Trukikaitis_Postimees, lk 17
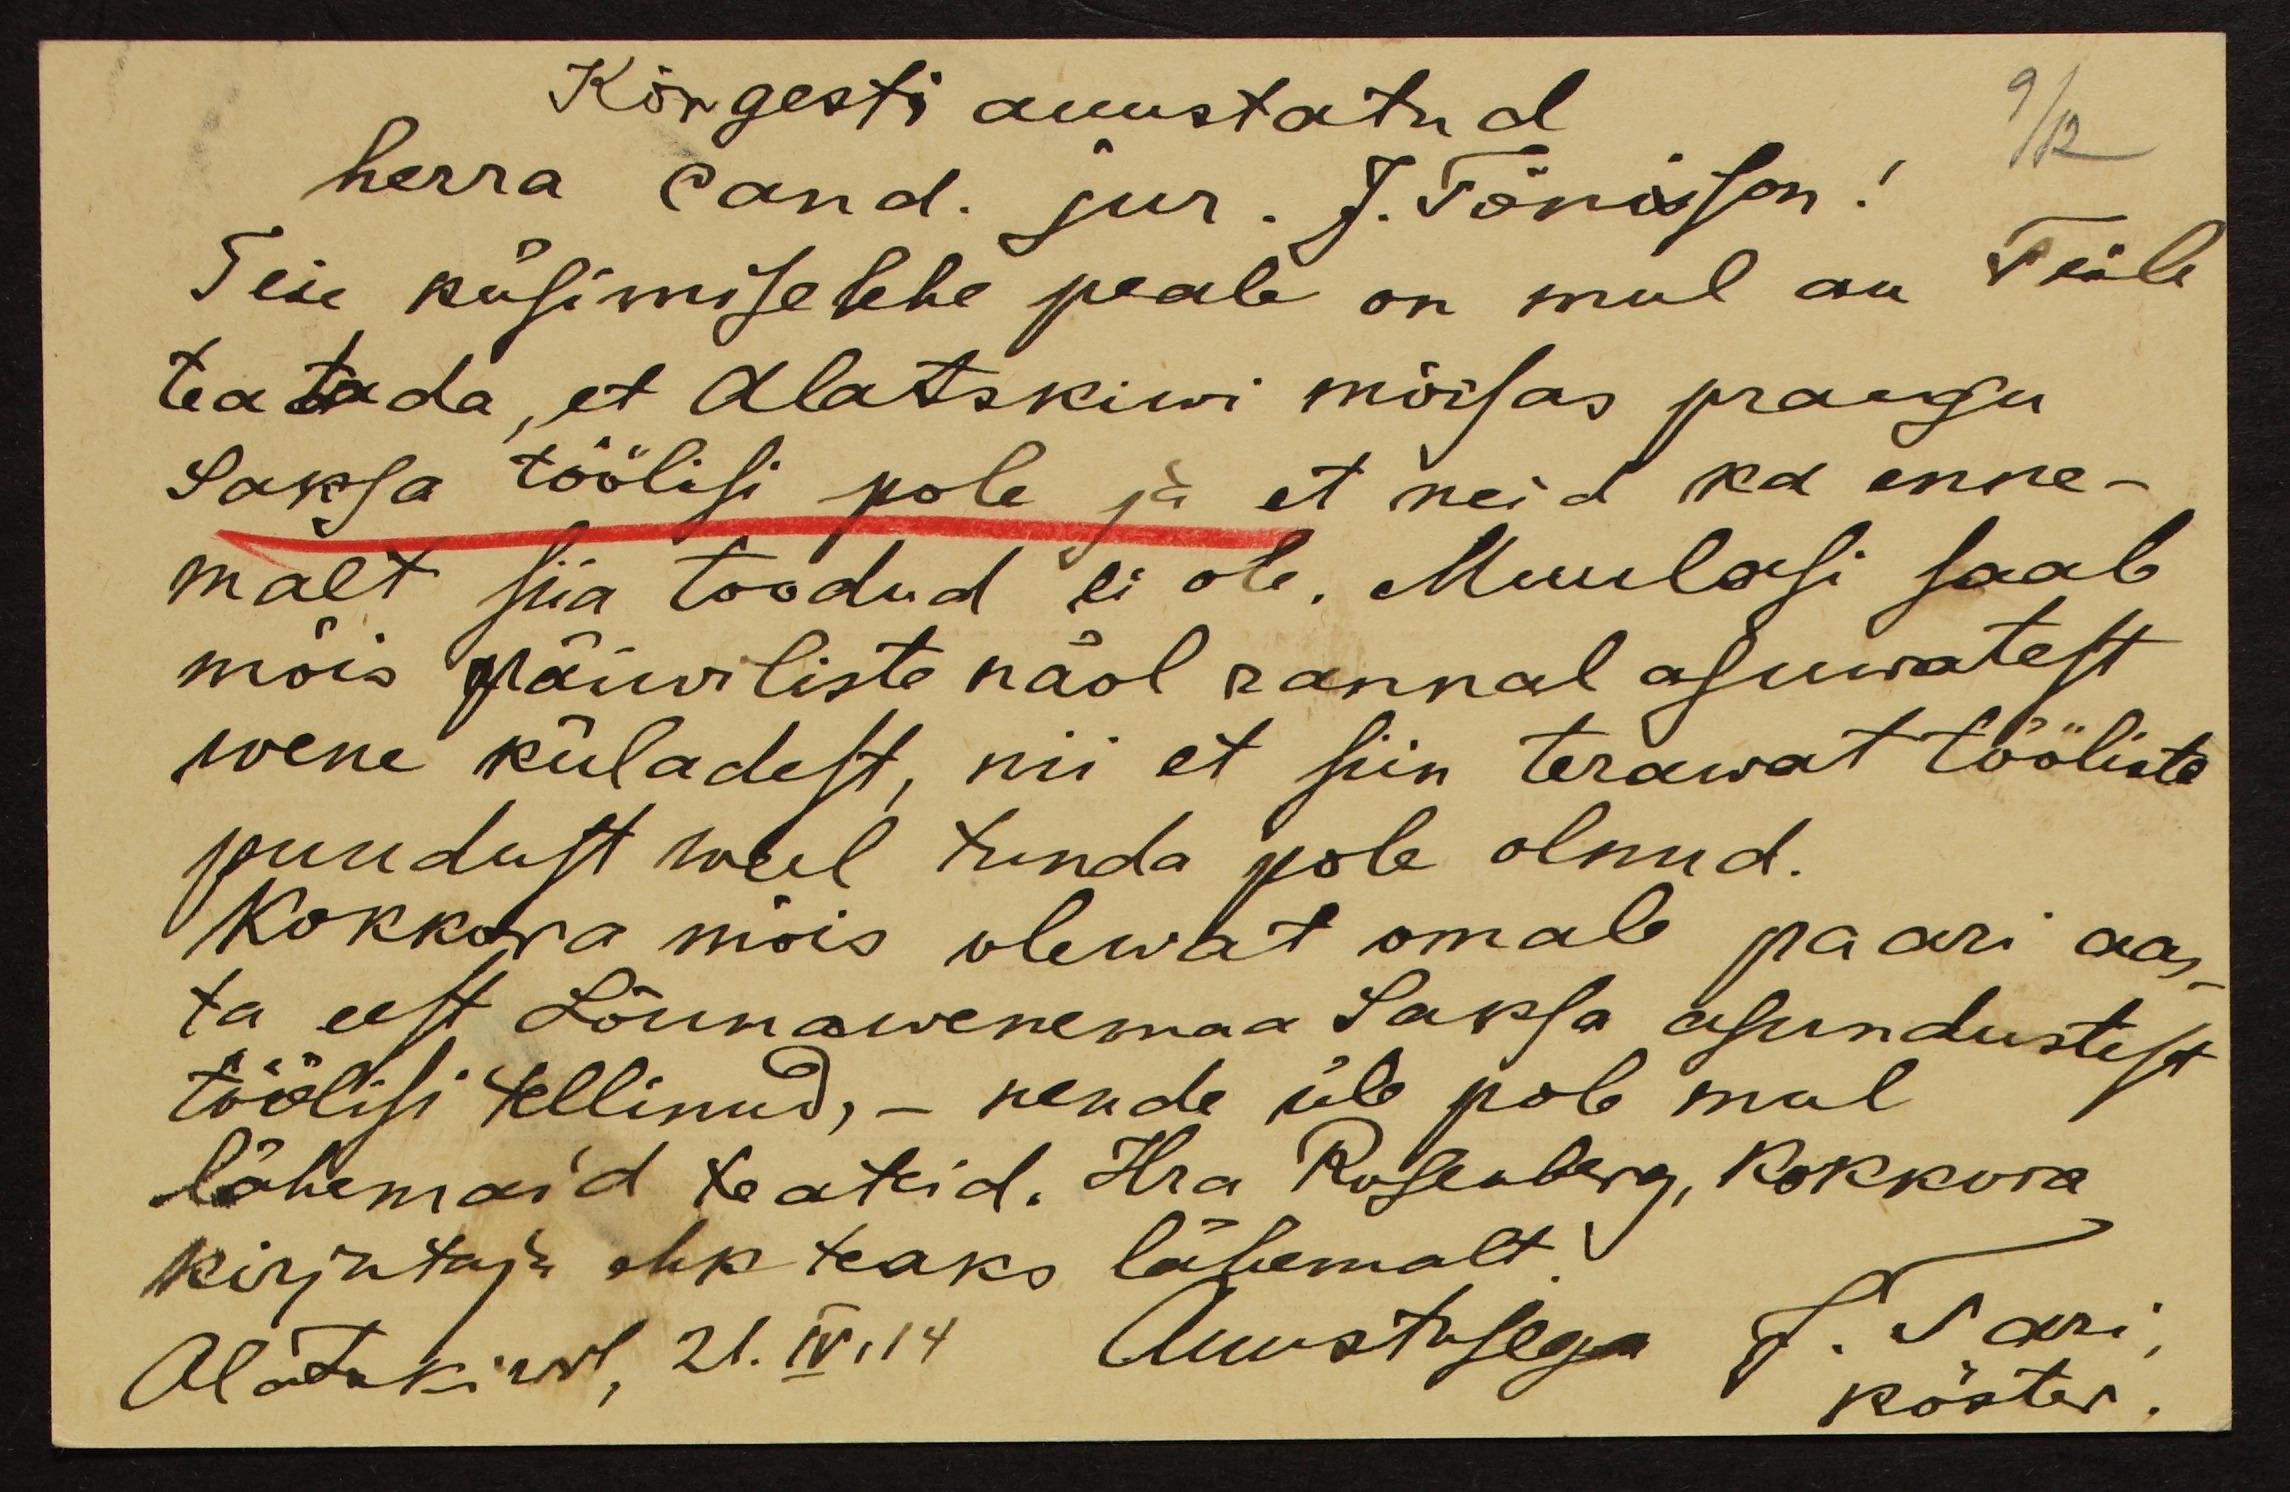
Kõrgesti auustatud
herra cand. jur. J. Tõnisson!
Teie küsimise lehe peale on mul au Teile
teatada, et Alatskiwi mõisas praegu
Saksa töölisi pole ja et neid ka enne-
malt siia toodud ei ole. Muulasi saab
mõis päiwiliste näol rannal asuwatest
wene küladest, nii et siin terawat tööliste
puudust weel tunda pole olnud.
Kokkora mõis olewat omale paari aas-
ta eest Lõunawenemaa Saksa asundustest
töölisi tellinud, – nende üle pole mul
lähemaid teateid. Hra Rosenberg, Kokkora
Kirjutaja ehk teaks lähemalt.
Alatskiwil, 21.IV.14
Auustusega J. Tari,
köster.